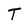
Character: T